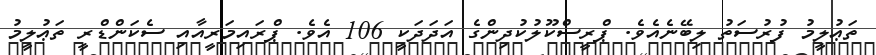
ތަޢުލީމު ފުރުސަތު ލިބޭނެއެވެ. ޕްރީސްކޫލުކުދިންގެ އަދަދަކީ 106 އެވެ. ޕްރައިމަރީއާއި ސެކަންޑްރީ ތަޢުލީމު